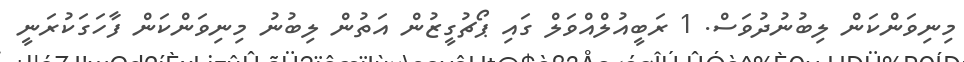
މިނިވަންކަން ލިބުނުދުވަސް. 1 ރަބީއުލްއްވަލް ގައި ޕޯޗުގީޒުން އަތުން ލިބުނު މިނިވަންކަން ފާހަގަކުރަނީ